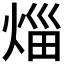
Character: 𤉣